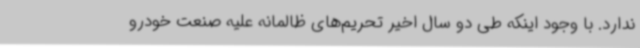
ندارد. با وجود اینکه طی دو سال اخیر تحریم‌های ظالمانه علیه صنعت خودرو